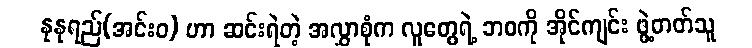
နုနုရည်(အင်းဝ) ဟာ ဆင်းရဲတဲ့ အလွှာစုံက လူတွေရဲ့ ဘဝကို အိုင်ကျင်း ဖွဲ့တတ်သူ